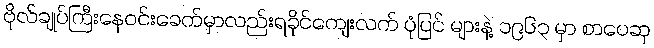
ဗိုလ်ချုပ်ကြီးနေဝင်းခေတ်မှာလည်းရခိုင်ကျေးလက် ပုံပြင် များနဲ့ ၁၉၆၃ မှာ စာပေဆု